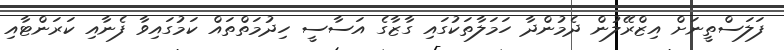
ފަލަސްތީނަށް އިޒްރޭލުން ދެމުންދާ ހަމަލާތަކުގައި ގާޒާގެ އަސާސީ ހިދުމަތްތައް ކަމުގައިވާ ފެނާއި ކަރަންޓާއި